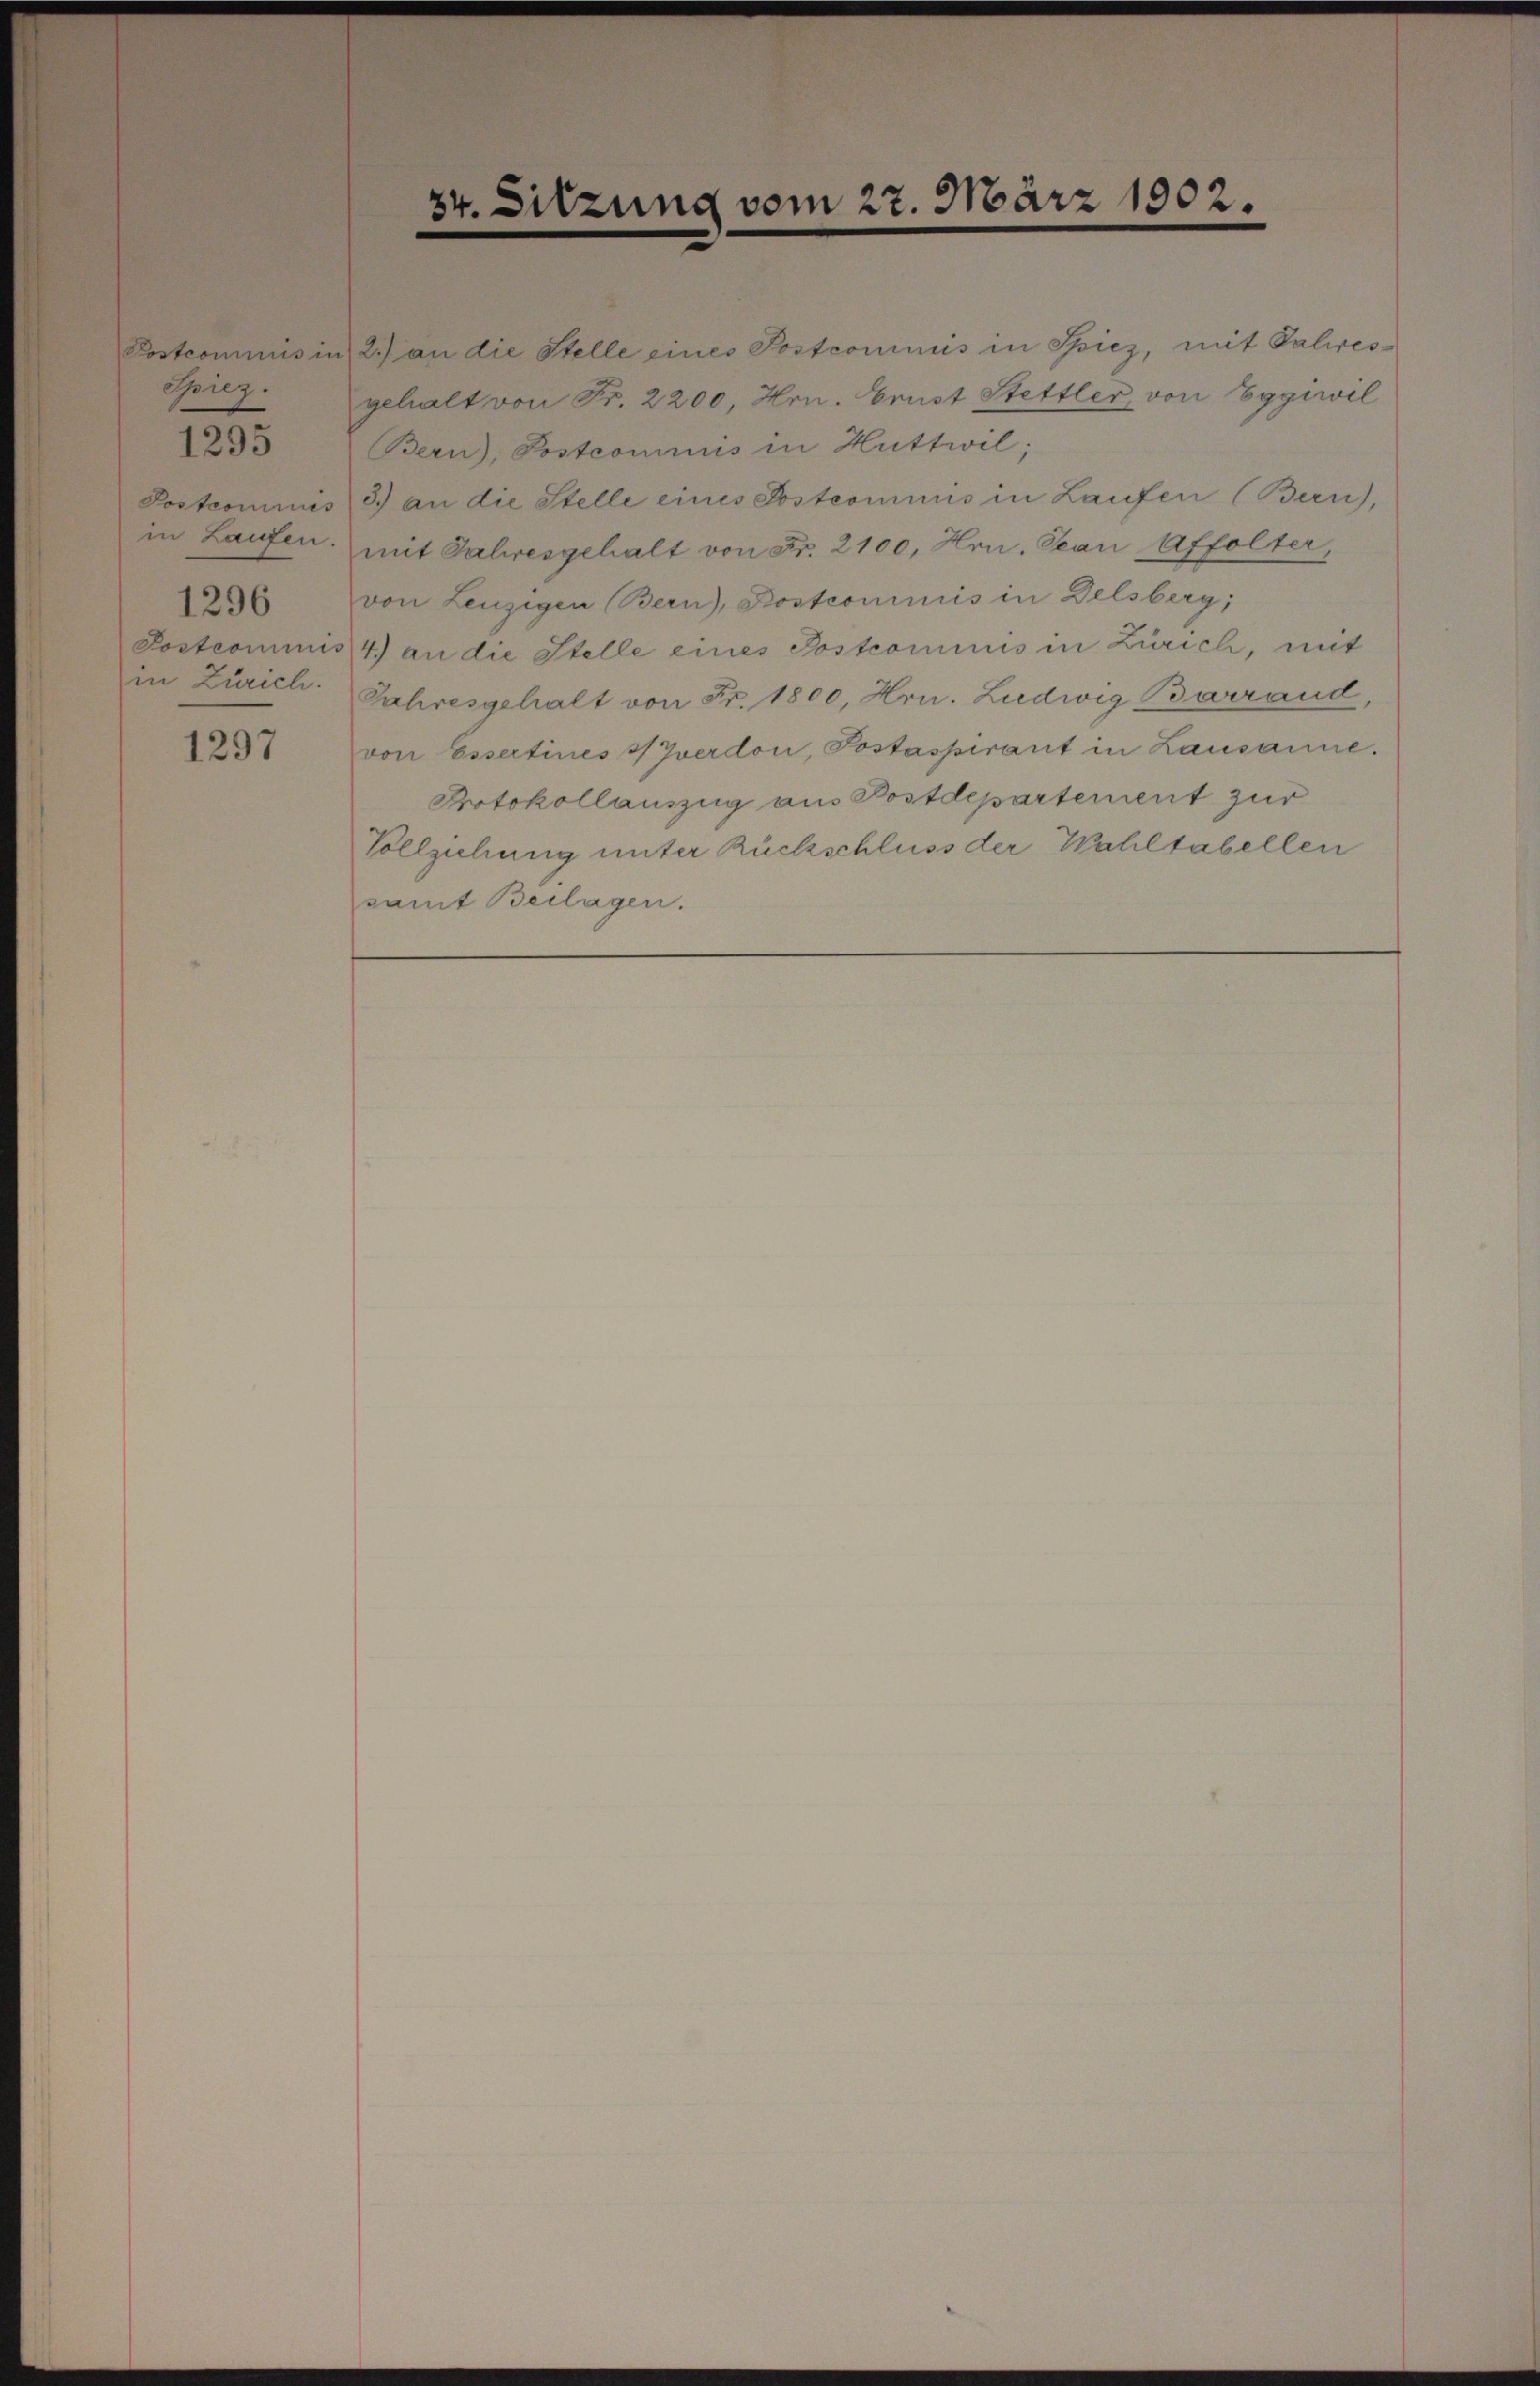
Postcommis in
Spiez.
Postcommis
in Laufen.
1296
in Zürich.

1295

1297

34.

sitzung vom 27. März 1902.

2.) an die Stelle eines Postcommis in Spiez, mit Paleresgehalt von Fr. 2200, Hrn. Brust Stettler, von Eggiwil
Bern), Postcommis in Huttwil;
3.) an die Stelle eines Postcommis in Laufen (Bern),
mit Jahresgehalt von Fr. 2100, Hrn. Jean Affolter,
von Lenzigen Bern, Kostcommis in Delsberg;
Postcommis 4.) an die Stelle eines Postcommis in Zürich, mit
Jahresgehalt von Fr. 1800, Hrn. Ludwig Barrand,
von Essertines & Zverdon, Postaspirant in Lausanne.
Protokollauszug aus Bostdepartement zur
Vollziehung unter Rückschluss der Wahltabellen
samt Beilagen.